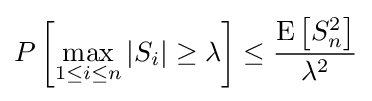
P\left[\max _{1\leq i\leq n}\left|S_{i}\right|\geq \lambda \right]\leq {\frac {\operatorname {E} \left[S_{n}^{2}\right]}{\lambda ^{2}}}